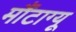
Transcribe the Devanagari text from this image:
मौंटाग्यू